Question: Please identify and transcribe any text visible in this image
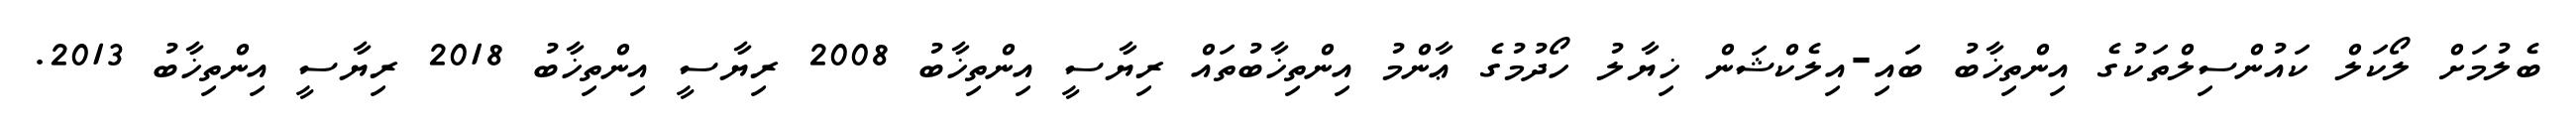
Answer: ބެލުމަށް ލޯކަލް ކައުންސިލްތަކުގެ އިންތިޚާބު ބައި-އިލެކްޝަން ޚިޔާލު ހޯދުމުގެ ޢާންމު އިންތިޚާބުތައް ރިޔާސީ އިންތިޚާބު 2008 ރިޔާސީ އިންތިޚާބު 2018 ރިޔާސީ އިންތިޚާބު 2013.